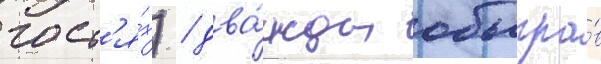
гост'я́х) / два́жды обыгра́в